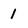
Character: 1